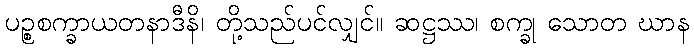
ပဉ္စစက္ခာယတနာဒီနိ၊ တို့သည်ပင်လျှင်။ ဆဋ္ဌဿ၊ စက္ခု သောတ ဃာန